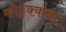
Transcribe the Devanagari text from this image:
कोट्टक्कथा